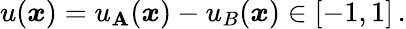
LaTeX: u(\boldsymbol{x})=u_{\mathbf{A}}(\boldsymbol{x})-u_{B}(\boldsymbol{x})\in[-1,1]\, .